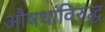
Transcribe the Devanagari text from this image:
औषधांविरुद्ध